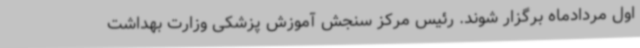
اول مردادماه برگزار شوند. رئیس مرکز سنجش آموزش پزشکی وزارت بهداشت